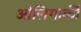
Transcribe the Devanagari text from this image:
ओलिगार्की